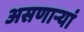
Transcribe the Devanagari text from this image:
असणाऱ्यां